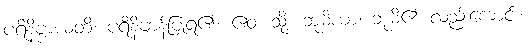
ပရိနိဗ္ဗာယတိ၊ ပရိနိဗ္ဗာန်ပြုရ၏။ ဧဝံ၊ သို့။ ဘူမိယာ၊ ဘူမိ၏ လည်းကောင်း။